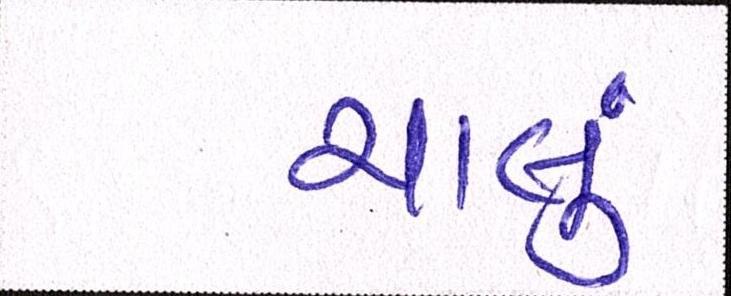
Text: ચાલું